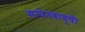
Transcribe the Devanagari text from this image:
सत्येनबाबूची